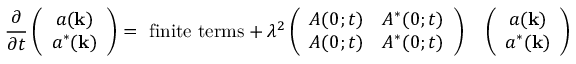
\frac { \partial } { \partial t } \left( \begin{array} { c } { { a ( { \bf k } ) } } \\ { { a ^ { * } ( { \bf k } ) } } \end{array} \right) = \mathrm { \cal ~ f i n i t e ~ t e r m s } + \lambda ^ { 2 } \left( \begin{array} { c c } { { A ( 0 ; t ) } } & { { A ^ { * } ( 0 ; t ) } } \\ { { A ( 0 ; t ) } } & { { A ^ { * } ( 0 ; t ) } } \end{array} \right) \ \; \; \left( \begin{array} { c } { { a ( { \bf k } ) } } \\ { { a ^ { * } ( { \bf k } ) } } \end{array} \right)